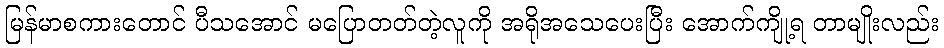
မြန်မာစကားတောင် ပီသအောင် မပြောတတ်တဲ့လူကို အရိုအသေပေးပြီး အောက်ကျို့ရ တာမျိုးလည်း